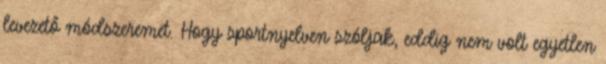
levezető módszeremet. Hogy sportnyelven szóljak, eddig nem volt egyetlen